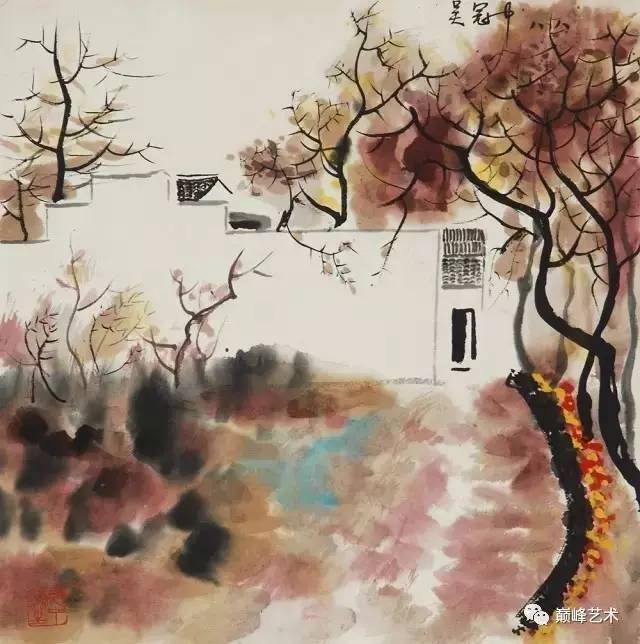
朝闻道，夕死可矣。